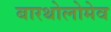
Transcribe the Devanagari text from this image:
बारथोलोमेव